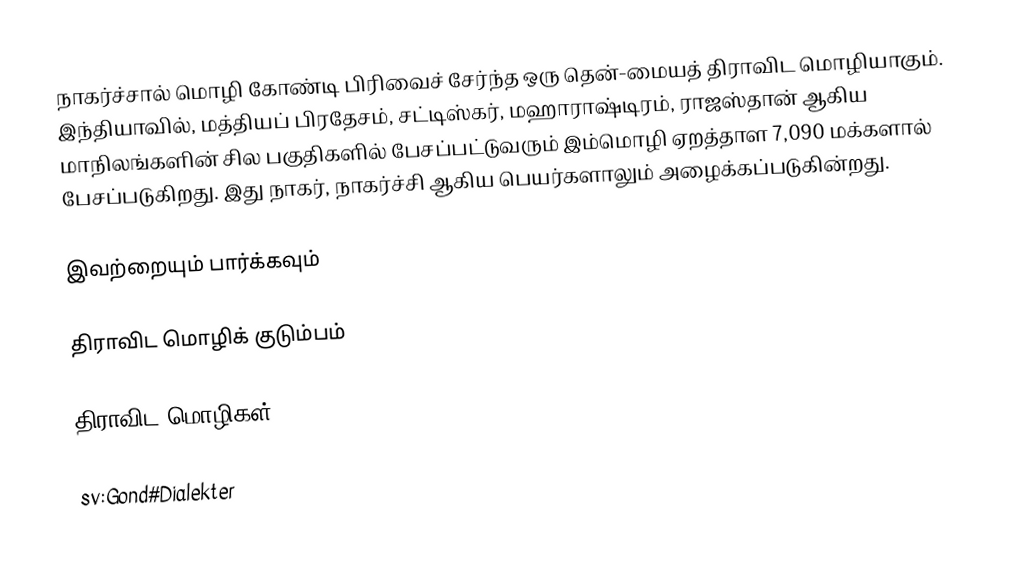
நாகர்ச்சால் மொழி கோண்டி பிரிவைச் சேர்ந்த ஒரு தென்-மையத் திராவிட மொழியாகும். இந்தியாவில், மத்தியப் பிரதேசம், சட்டிஸ்கர், மஹாராஷ்டிரம், ராஜஸ்தான் ஆகிய மாநிலங்களின் சில பகுதிகளில் பேசப்பட்டுவரும் இம்மொழி ஏறத்தாள 7,090 மக்களால் பேசப்படுகிறது. இது நாகர், நாகர்ச்சி ஆகிய பெயர்களாலும் அழைக்கப்படுகின்றது.

இவற்றையும் பார்க்கவும்

 திராவிட மொழிக் குடும்பம்

திராவிட மொழிகள்

sv:Gond#Dialekter